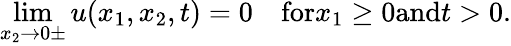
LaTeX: \operatorname*{lim}_{x_{2}\rightarrow 0\pm}u(x_{1},x_{2},t)=0\quad\textrm{for}x_{1}\geq 0\textrm{and}t>0.